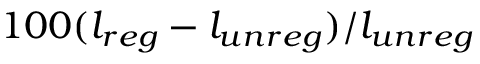
1 0 0 ( l _ { r e g } - l _ { u n r e g } ) / l _ { u n r e g }